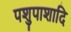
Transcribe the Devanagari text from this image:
पशुपाशादि